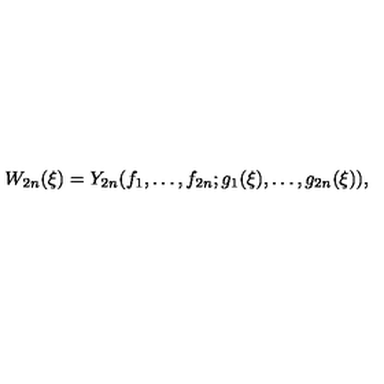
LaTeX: W _ { 2 n } ( \xi ) = Y _ { 2 n } ( f _ { 1 } , \ldots , f _ { 2 n } ; g _ { 1 } ( \xi ) , \ldots , g _ { 2 n } ( \xi ) ) ,